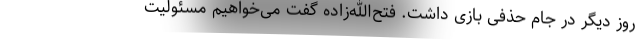
روز دیگر در جام حذفی بازی داشت. فتح‌الله‌زاده گفت می‌خواهیم مسئولیت